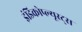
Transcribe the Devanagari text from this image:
इंडिकोप्ल्यूस्ट्स